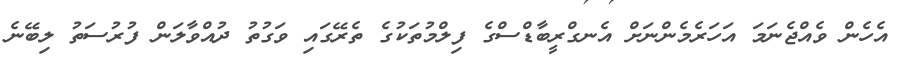
އެހެން ވެއްޖެނަމަ އަހަރެމެންނަށް އެނގްރީބާޑްސްގެ ފިލްމުތަކުގެ ތެރޭގައި ވަގުތު ދުއްވާލަން ފުރުސަތު ލިބޭނެ